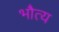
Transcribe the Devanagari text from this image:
भौत्य